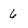
Character: 6